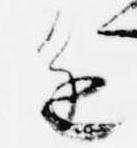
進